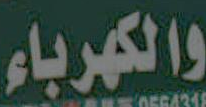
والكهرباء